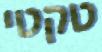
טקטי